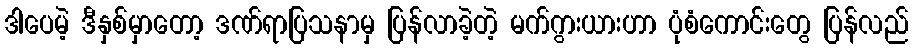
ဒါပေမဲ့ ဒီနှစ်မှာတော့ ဒဏ်ရာပြသနာမှ ပြန်လာခဲ့တဲ့ မက်ဂွားယားဟာ ပုံစံကောင်းတွေ ပြန်လည်